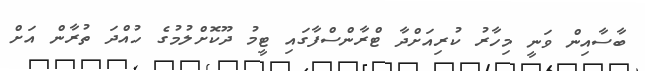
ބާސާއިން ވަނީ މިހާރު ކުރިއަށްދާ ޓްރާންސްފާގައި ޓީމު ދޫކޮށްލުމުގެ ހުއްދަ ތުރާން އަށް